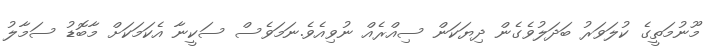
މޫނުމަތީގެ ކުލަވަރު ބަދަލުވެގެން ދިޔަކަން ސިއްރެއް ނުވިއެވެ.ނަމަވެސް ސަކީނާ އެކަމަކަށް މާބޮޑު ސަމާލު